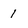
Character: 1